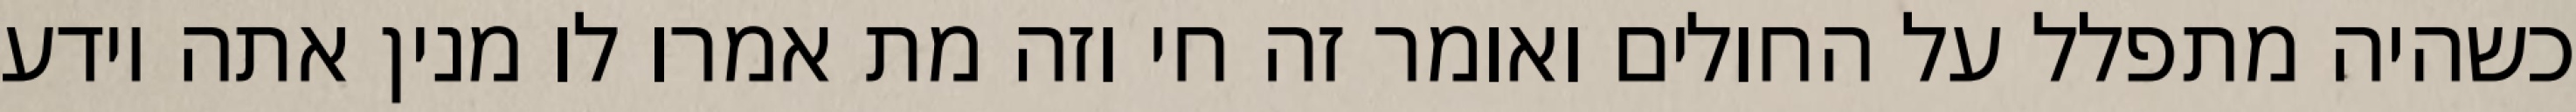
כשהיה מתפלל על החולים ואומר זה חי וזה מת אמרו לו מנין אתה יודע